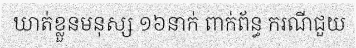
ឃាត់ខ្លួនមនុស្ស ១៦នាក់ ពាក់ព័ន្ធ ករណីជួយ